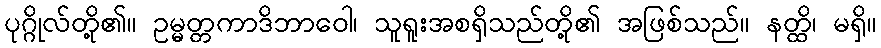
ပုဂ္ဂိုလ်တို့၏။ ဥမ္မတ္တကာဒိဘာဝေါ၊ သူရူးအစရှိသည်တို့၏ အဖြစ်သည်။ နတ္ထိ၊ မရှိ။